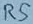
Text: RS